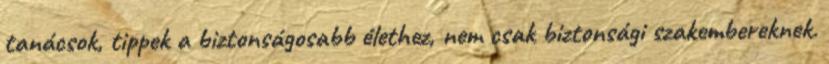
tanácsok, tippek a biztonságosabb élethez, nem csak biztonsági szakembereknek.